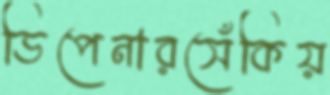
ডিপেনারসেঁকিয়